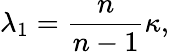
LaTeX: \lambda_{1}={\frac{n}{n-1}}\kappa,